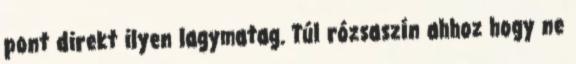
pont direkt ilyen lagymatag. Túl rózsaszín ahhoz hogy ne